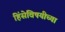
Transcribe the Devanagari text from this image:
हिंसेविषयीच्या